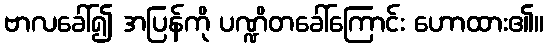
ဗာလခေါ်၍ အပြန်ကို ပဏ္ဍိတခေါ်ကြောင်း ဟောထား၏။